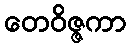
တေဝိဇ္ဇကာ